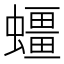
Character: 䗵